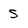
Character: s